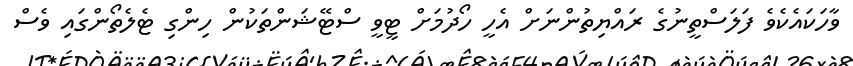
ވާހަކައެކެވެ ފަލަސްތީނުގެ ރައްޔިތުންނަށް އެހީ ހޯދުމަށް ޓީވީ ސްޓޭޝަންތަކުން ހިންގި ޓެލެތޯންގައި ވެސް